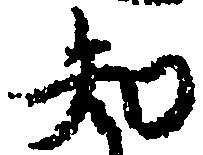
知